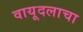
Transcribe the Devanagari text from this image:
वायूदलाचा